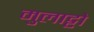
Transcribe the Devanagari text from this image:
मुलाट्टो